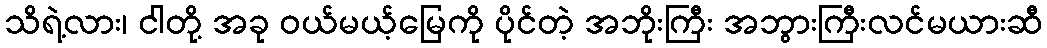
သိရဲ့လား၊ ငါတို့ အခု ဝယ်မယ့်မြေကို ပိုင်တဲ့ အဘိုးကြီး အဘွားကြီးလင်မယားဆီ